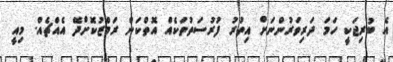
އެ ބުރިޖަކީ ހަަމަ ދަރިވަރުންނަށް އިތުރު ފުރުސަތުތަކެއް އޮތްްކަން ރަމްޒުކޮށްދޭ އެއްޗެއް. މިއީ